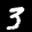
Label: 3